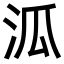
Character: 泒